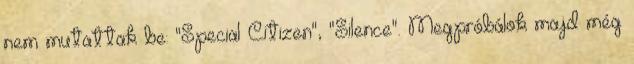
nem mutattak be: "Special Citizen", "Silence". Megpróbálok majd még